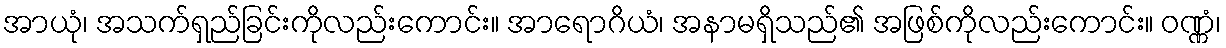
အာယုံ၊ အသက်ရှည်ခြင်းကိုလည်းကောင်း။ အာရောဂိယံ၊ အနာမရှိသည်၏ အဖြစ်ကိုလည်းကောင်း။ ဝဏ္ဏံ၊